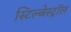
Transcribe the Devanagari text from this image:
स्टिल्बेस्ट्रॉल